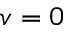
v = 0